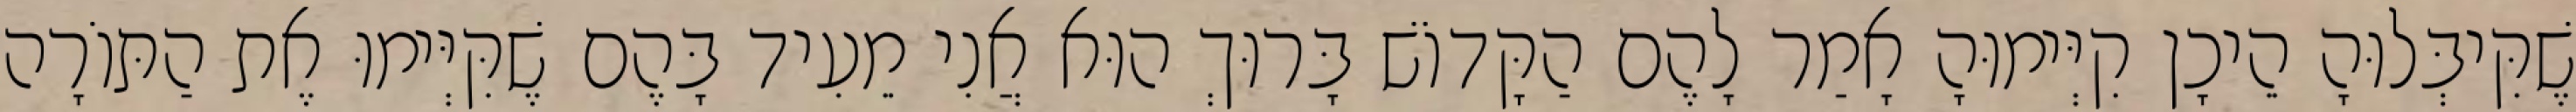
שֶׁקִּיבְּלוּהָ הֵיכָן קִיְּימוּהָ אָמַר לָהֶם הַקָּדוֹשׁ בָּרוּךְ הוּא אֲנִי מֵעִיד בָּהֶם שֶׁקִּיְּימוּ אֶת הַתּוֹרָה